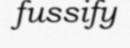
fussify